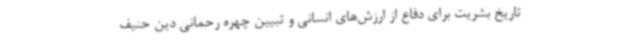
تاریخ بشریت برای دفاع از ارزش‌های انسانی و تبیین چهره رحمانی دین حنیف